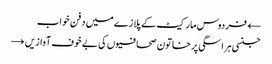
← فردوس مارکیٹ کے پلازے میں دفن خواب
جنسی ہراسگی پر خاتون صحافیوں کی بے خوف آوازیں →